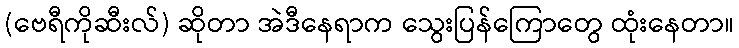
(ဗေရီကိုဆီးလ်) ဆိုတာ အဲဒီနေရာက သွေးပြန်ကြောတွေ ထုံးနေတာ။